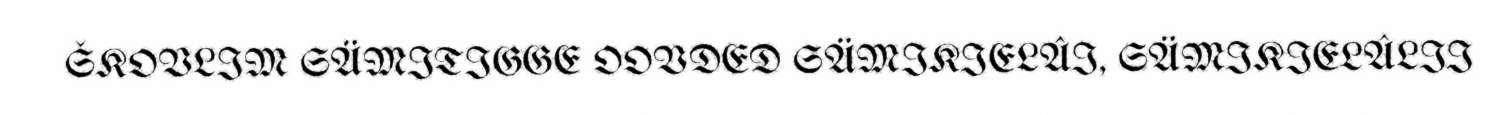
ŠKOVLIM SÄMITIGGE OOVDED SÄMIKIELÂI, SÄMIKIELÂLII